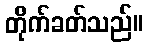
တိုက်ခတ်သည်။